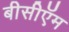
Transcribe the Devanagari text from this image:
बीसीऍम